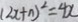
( 2 x + n ) ^ { 2 } = 4 x